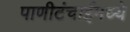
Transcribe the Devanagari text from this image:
पाणीटंचाईमध्ये